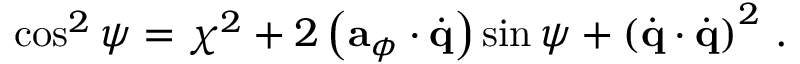
\cos ^ { 2 } \psi = \chi ^ { 2 } + 2 \left( { \bf a } _ { \phi } \cdot \dot { \bf q } \right) \sin \psi + \left( \dot { \bf q } \cdot \dot { \bf q } \right) ^ { 2 } \, .